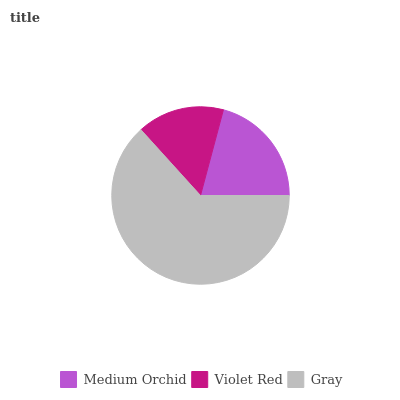
| Medium Orchid | Violet Red | Gray |
 | --- | --- | --- |
 | 20.8% | 15.9% | 63.3% |